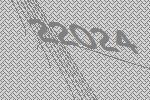
22024